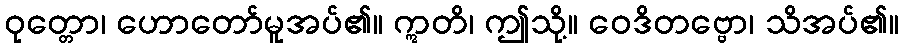
ဝုတ္တော၊ ဟောတော်မူအပ်၏။ ဣတိ၊ ဤသို့။ ဝေဒိတဗ္ဗော၊ သိအပ်၏။